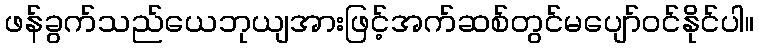
ဖန်ခွက်သည်ယေဘုယျအားဖြင့်အက်ဆစ်တွင်မပျော်ဝင်နိုင်ပါ။